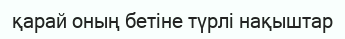
қарай оның бетіне түрлі нақыштар